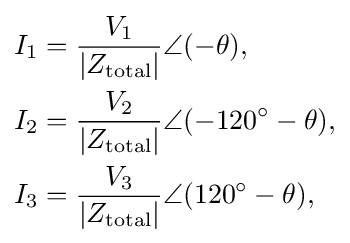
{\begin{aligned}I_{1}&={\frac {V_{1}}{|Z_{\text{total}}|}}\angle (-\theta ),\\I_{2}&={\frac {V_{2}}{|Z_{\text{total}}|}}\angle (-120^{\circ }-\theta ),\\I_{3}&={\frac {V_{3}}{|Z_{\text{total}}|}}\angle (120^{\circ }-\theta ),\end{aligned}}